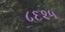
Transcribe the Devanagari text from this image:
८६२५